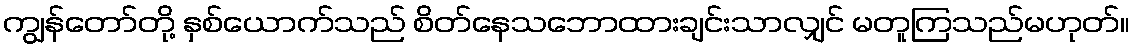
ကျွန်တော်တို့ နှစ်ယောက်သည် စိတ်နေသဘောထားချင်းသာလျှင် မတူကြသည်မဟုတ်။